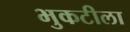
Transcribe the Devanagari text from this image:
भुकटीला